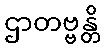
ဌာတဗ္ဗန္တိ